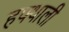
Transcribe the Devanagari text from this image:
हफ्थाली